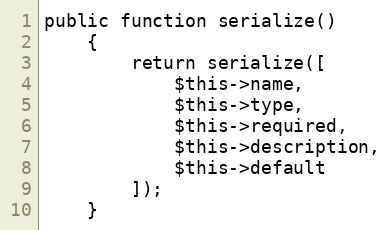
Language: PHP
public function serialize()
    {
        return serialize([
            $this->name,
            $this->type,
            $this->required,
            $this->description,
            $this->default
        ]);
    }